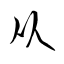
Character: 从